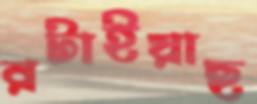
রটাইয়াছ